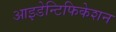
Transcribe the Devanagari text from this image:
आइडेन्टिफिकेशन